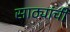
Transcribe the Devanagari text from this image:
साठ्यांची